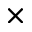
\times